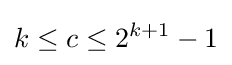
k\leq c\leq 2^{k+1}-1